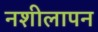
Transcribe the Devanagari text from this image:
नशीलापन